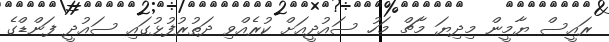
ރައީސް ޔާމީން މިދިޔަ މާޗް މަހު ސައުދީއަށް ކުރެއްވި ދަތުރުފުޅުގައި ސައުދީ ފަންޑްގެ